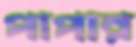
পাপার